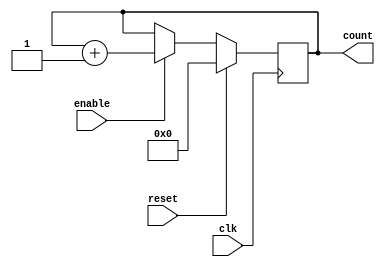
//-----------------------------------------------------
// Design Name : counter
// Function    : 4 bit up counter
// Coder       : Deepak
//-----------------------------------------------------
module counter (clk, reset, enable, count);
input clk, reset, enable;
output [3:0] count;
reg [3:0] count;                                   

always @ (posedge clk)
if (reset == 1'b1) begin
  count <= 0;
end else if ( enable == 1'b1) begin
  count <= count + 1;
end

endmodule